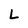
Character: L